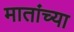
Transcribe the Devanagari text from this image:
मातांच्या